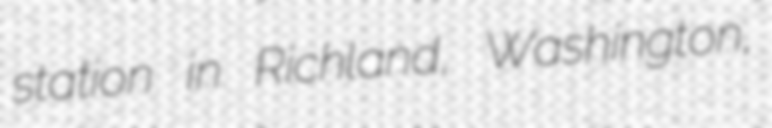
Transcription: station in Richland, Washington,